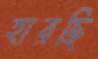
হারছি